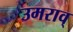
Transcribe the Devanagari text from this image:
उमराव्